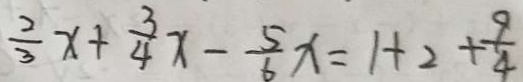
\frac { 2 } { 3 } x + \frac { 3 } { 4 } x - \frac { 5 } { 6 } x = 1 + 2 + \frac { 9 } { 4 }